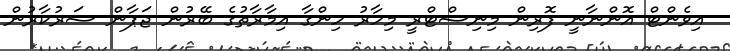
އިވެންޓް އޮންނާނީ ފޮރިން މިނިސްޓްރީ މިހާރު ހިންގާ އިމާރާތުގެ ބޭރުން ޖަޕާން ސަރުކާރުން